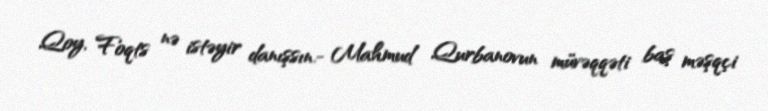
Qoy, Foqts nə istəyir danışsın.- Mahmud Qurbanovun müvəqqəti baş məşqçi